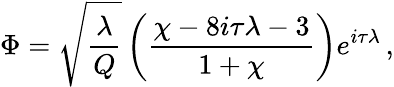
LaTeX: \Phi=\sqrt{\frac{\lambda}{Q}}\left(\frac{\chi-8i\tau\lambda-3}{1+\chi}\right)e^{i\tau\lambda}\, ,